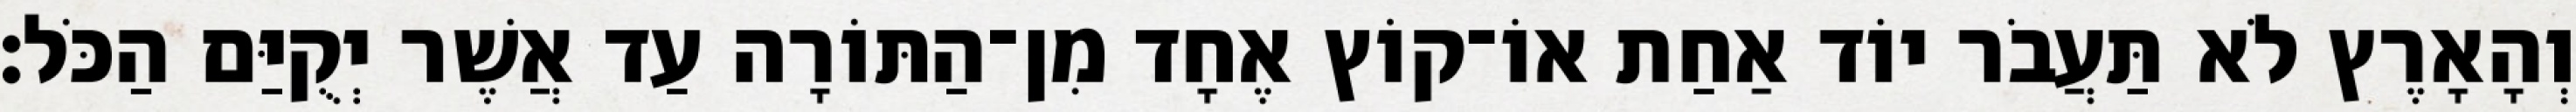
וְהָאָרֶץ לֹא תַּעֲבֹר יוֹד אַחַת אוֹ־קוֹץ אֶחָד מִן־הַתּוֹרָה עַד אֲשֶׁר יְקֻיַּם הַכֹּל׃